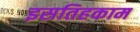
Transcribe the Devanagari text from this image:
इसतिहकाम